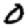
Digit: 0